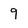
Character: 9